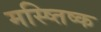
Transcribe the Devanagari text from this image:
मस्ष्तिष्क